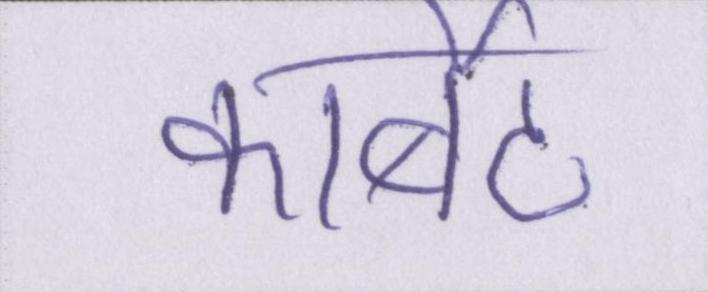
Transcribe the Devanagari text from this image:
कार्बेट